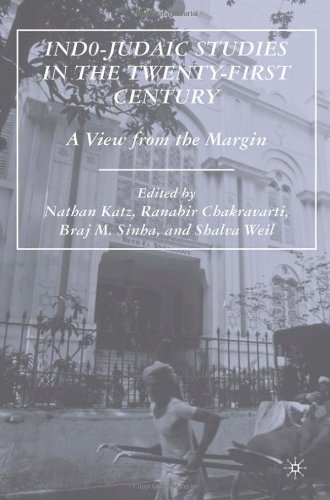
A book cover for Indo-Judaic Studies in the Twenty-First Century: A View from the Margin; Religion & Spirituality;